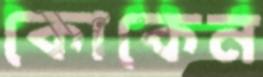
কোকেন